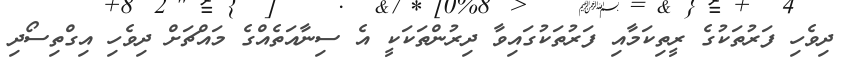
ދިވެހި ފަރުތަކުގެ ރީތިކަމާއި ފަރުތަކުގައިވާ ދިރުންތަކަކީ އެ ސިނާއަތެއްގެ މައްޗަށް ދިވެހި އިގްތިސޯދި